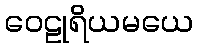
ဝေဠုရိယမယေ